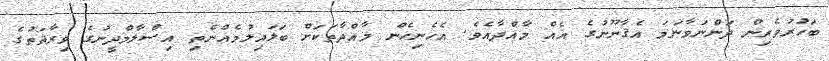
ބަހުރުވެރިން ދަންނަވާނަމަ އެޤާނޫނުގެ އެއް މާއްދާއެވެ. އެހެނިހެން މާއްދާތަކަށް ބަލައިލުމެއްނެތި އިސްލާމްދީނުގެ ވިރާޘަތުގެ